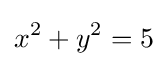
x^{2}+y^{2}=5